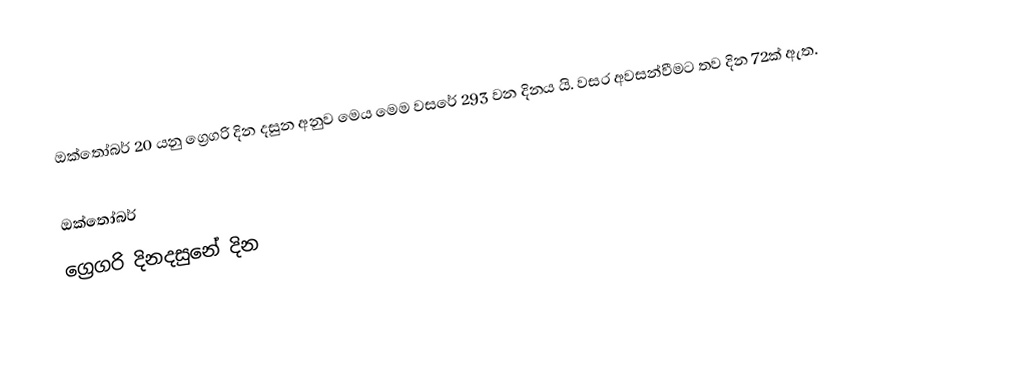
ඔක්තෝබර් 20 යනු ග්‍රෙගරි දින දසුන අනුව මෙය මෙම වසරේ 293 වන දිනය යි. වසර අවසන්වීමට තව දින 72ක් ඇත.

ඔක්තෝබර්
ග්‍රෙගරි දිනදසුනේ දින